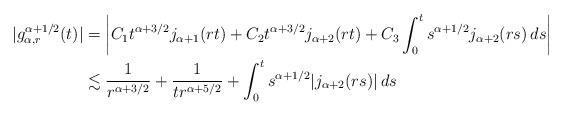
LaTeX: \begin{align*}|g^{\alpha+1/2}_{\alpha,r}(t)|& =\bigg| C_1t^{\alpha+3/2}j_{\alpha+1}(rt) + C_2 t^{\alpha+3/2}j_{\alpha+2}(rt) +C_3 \int_0^t s^{\alpha+1/2} j_{\alpha+2}(rs)\, ds\bigg| \\&\lesssim \frac{1}{r^{\alpha+3/2}}+\frac{1}{tr^{\alpha+5/2}} + \int_0^t s^{\alpha+1/2}|j_{\alpha+2}(rs)|\, ds\end{align*}